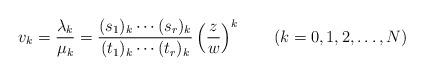
LaTeX: \begin{align*}v_k=\dfrac{\lambda_k}{\mu_k}=\dfrac{(s_1)_k\cdots(s_r)_k}{(t_1)_k\cdots(t_r)_k} \left(\dfrac{z}{w}\right)^k \qquad(k=0,1,2,\ldots,N)\end{align*}